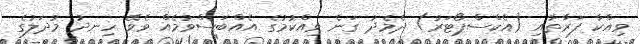
ވިއްކާ ފަރާތާއި (އެކްސްޕޯޓަރު) ދެމެދު ގަނެ ވިއްކުމުގެ އެއްބަސްވުމެއް ވެވޭ ހިނދު މުދަލުގެ